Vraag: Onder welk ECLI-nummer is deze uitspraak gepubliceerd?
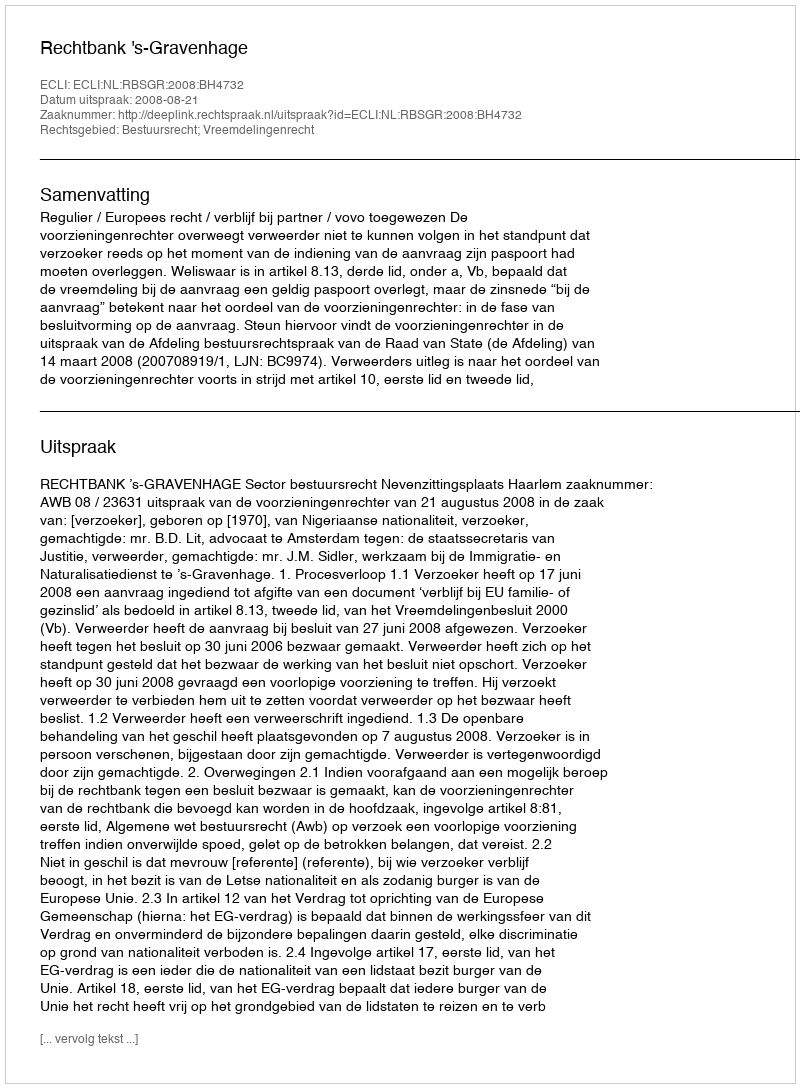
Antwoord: ECLI:NL:RBSGR:2008:BH4732